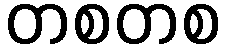
တစတစ